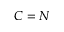
C = N